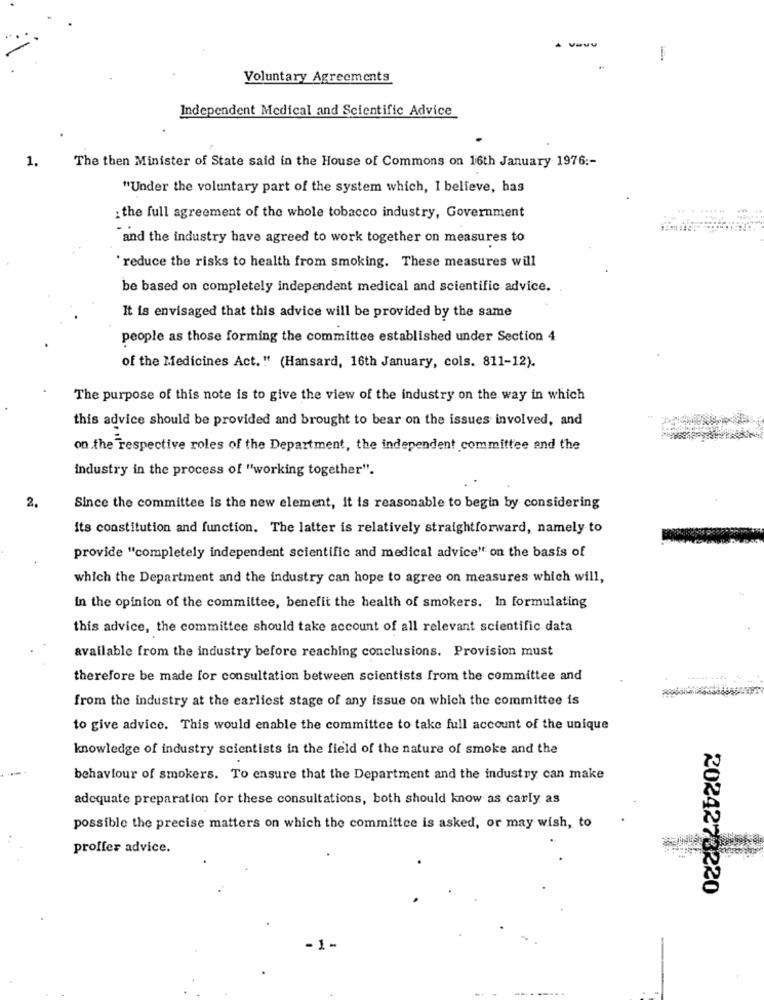
Voluntary Agreements
Independent Medical and Scientific Advice
1.
The then Minister of State said in the House of Commons on 16th January 1976 :-
"Under the voluntary part of the system which, I believe, has
: the full agreement of the whole tobacco industry, Government
and the industry have agreed to work together on measures to
'reduce the risks to health from smoking. These measures will
be based on completely independent medical and scientific advice.
It is envisaged that this advice will be provided by the same
people as those forming the committee established under Section 4
of the Medicines Act." (Hansard, 16th January, cols. 811-12).
The purpose of this note is to give the view of the industry on the way in which
this advice should be provided and brought to bear on the issues involved, and
on the respective roles of the Department, the independent committee and the
industry in the process of "working together".
2.
Since the committee is the new element, it is reasonable to begin by considering
its constitution and function. The latter is relatively straightforward, namely to
provide "completely independent scientific and medical advice" on the basis of
which the Department and the industry can hope to agree on measures which will,
In the opinion of the committee, benefit the health of smokers. In formulating
this advice, the committee should take account of all relevant scientific data
available from the industry before reaching conclusions. Provision must
therefore be made for consultation between scientists from the committee and
from the industry at the earliest stage of any issue on which the committee is
to give advice. This would enable the committee to take full account of the unique
knowledge of industry scientists in the field of the nature of smoke and the
behaviour of smokers. To ensure that the Department and the industry can make
adequate preparation for these consultations, both should know as carly as
possible the precise matters on which the committee is asked, or may wish, to
proffes advice.
2024273220
- 1 -